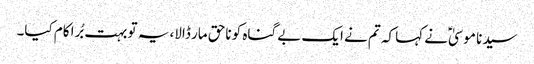
سیدنا موسیٰؑ نے کہا کہ تم نے ایک بے گناہ کو ناحق مار ڈالا، یہ تو بہت بُرا کام کیا۔